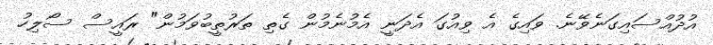
އުދުއްސައިގަނެވޭނެ. ވައިގެ އެ ވިއުގަ އެދަނީ އެމުނެމުން ގެތި ތަރުތީބުވަމުން" ރައީސް ސޯލިހު